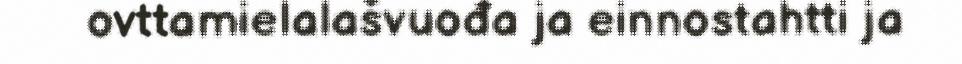
ovttamielalašvuođa ja einnostahtti ja